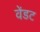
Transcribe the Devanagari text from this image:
वेंडट